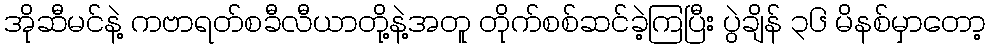
အိုဆီမင်နဲ့ ကဗာရတ်စခီလီယာတို့နဲ့အတူ တိုက်စစ်ဆင်ခဲ့ကြပြီး ပွဲချိန် ၃၆ မိနစ်မှာတော့